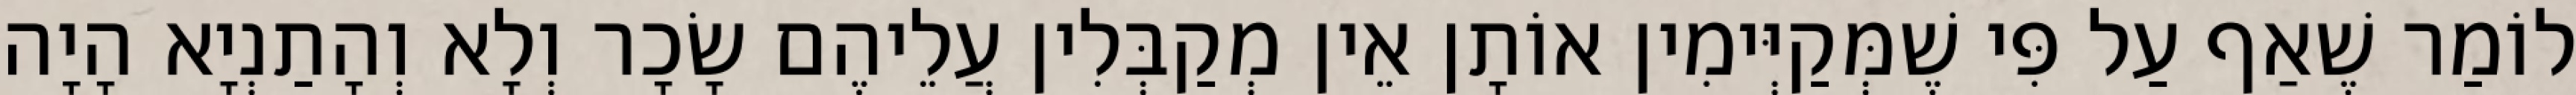
לוֹמַר שֶׁאַף עַל פִּי שֶׁמְּקַיְּימִין אוֹתָן אֵין מְקַבְּלִין עֲלֵיהֶם שָׂכָר וְלָא וְהָתַנְיָא הָיָה